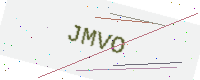
Text: JMVO